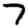
Digit: 7